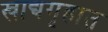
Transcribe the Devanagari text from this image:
खाद्यगृहात